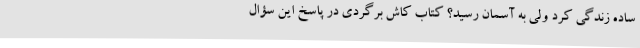
ساده زندگی کرد ولی به آسمان رسید؟ کتاب کاش برگردی در پاسخ این سؤال